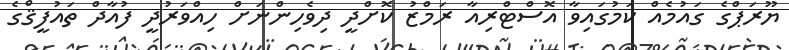
ޔޫރަޕްގެ ގައުމެއް ކަމުގައިވާ އޮސްޓްރިއާ ރަމްޒު ކޮށްދީ ދިވެހިންނަށް ހިއްވަރުދީ ފުއާދް ތައުފީޤްގެ